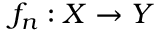
f _ { n } : X \to Y